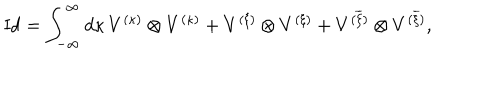
LaTeX: \mathrm { I d } = \int _ { - \infty } ^ { \infty } d \kappa \, V ^ { ( \kappa ) } \otimes V ^ { ( \kappa ) } + V ^ { ( \xi ) } \otimes V ^ { ( \xi ) } + V ^ { ( \overline { { { \xi } } } ) } \otimes V ^ { ( \overline { { { \xi } } } ) } ,